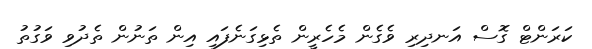
ކަރަންޓް ގޮސް އަނދިރި ވެގެން މެހެރީން ތެޅިގަނެފައި އިން ތަނުން ތެދުވި ވަގުތު